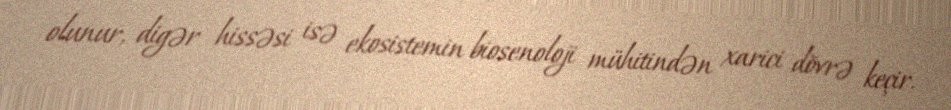
olunur, digər hissəsi isə ekosistemin biosenoloji mühitindən xarici dövrə keçir.